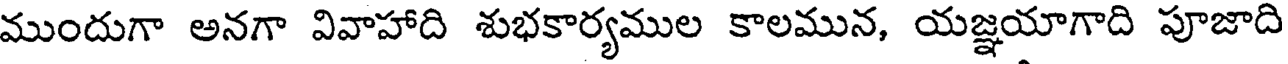
ముందుగా అనగా వివాహాది శుభకార్యముల కాలమున, యజ్ఞయాగాది పూజాది